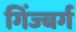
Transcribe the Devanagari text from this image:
गिंज्बर्ग